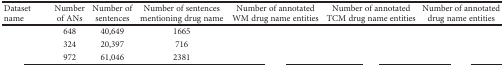
<table><thead><tr><td><b>Dataset name</b></td><td><b>Number of ANs</b></td><td><b>Number of sentences</b></td><td><b>Number of sentences mentioning drug name</b></td><td><b>Number of annotated WM drug name entities</b></td><td><b>Number of annotated TCM drug name entities</b></td><td><b>Number of annotated drug name entities</b></td></tr></thead><tbody><tr><td>[EMPTY_CELL]</td><td>648</td><td>40,649</td><td>1665</td><td>[EMPTY_CELL]</td><td>[EMPTY_CELL]</td><td>[EMPTY_CELL]</td></tr><tr><td>[EMPTY_CELL]</td><td>324</td><td>20,397</td><td>716</td><td>[EMPTY_CELL]</td><td>[EMPTY_CELL]</td><td>[EMPTY_CELL]</td></tr><tr><td>[EMPTY_CELL]</td><td>972</td><td>61,046</td><td>2381</td><td>[EMPTY_CELL]</td><td>[EMPTY_CELL]</td><td>[EMPTY_CELL]</td></tr></tbody></table>